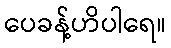
ပေခန့်ဟိပါရေ။